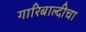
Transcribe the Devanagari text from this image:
गारिबाल्दीचा